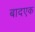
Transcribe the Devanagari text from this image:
बादएक